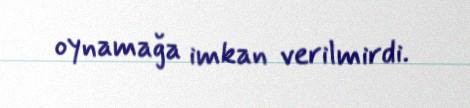
oynamağa imkan verilmirdi.